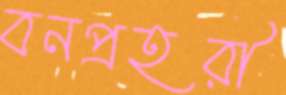
বনপ্রহরী